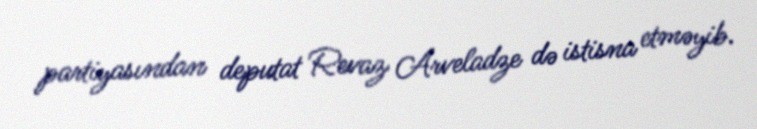
partiyasından deputat Revaz Arveladze də istisna etməyib.